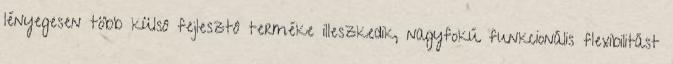
lényegesen több külsô fejlesztô terméke illeszkedik, nagyfokú funkcionális flexibilitást